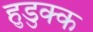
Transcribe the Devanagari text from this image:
हुडुक्क